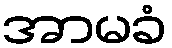
အာမခံ